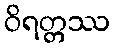
ဝိရတ္တဿ